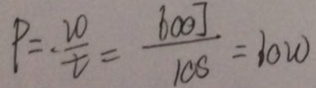
P = \cdot \frac { 2 0 } { t } = \frac { 6 0 0 J } { 1 0 S } = 1 0 w